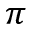
\pi